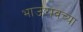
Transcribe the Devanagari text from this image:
भाऊरावच्या